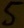
Text: 5